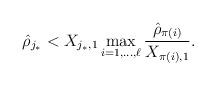
LaTeX: \begin{align*} \hat\rho_{j_*}< X_{j_*,1}\max_{i=1,\dots,\ell} \frac{\hat\rho_{\pi(i)}}{X_{\pi(i),1}} .\end{align*}